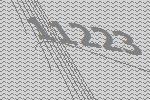
11223